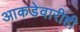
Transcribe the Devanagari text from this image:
आकडेवारीही